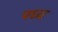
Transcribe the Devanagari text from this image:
पध्य